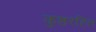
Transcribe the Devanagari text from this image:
कुष्ठरहित